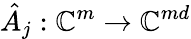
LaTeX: \hat{A}_{j}:\mathbb{C}^{m}\to\mathbb{C}^{md}